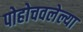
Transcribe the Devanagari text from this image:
पोहोचवलेल्या